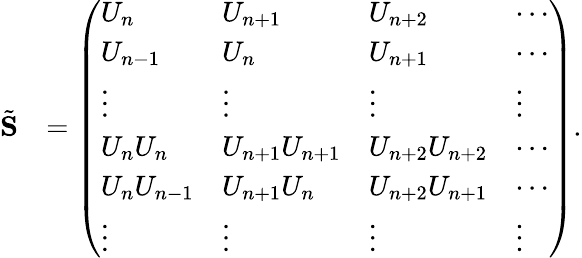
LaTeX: \begin{array}{rl}{\tilde{\mathbf S}}&{=\left(\begin{array}{llll}{U_{n}}&{U_{n+1}}&{U_{n+2}}&{\cdots}\\ {U_{n-1}}&{U_{n}}&{U_{n+1}}&{\cdots}\\ {\vdots}&{\vdots}&{\vdots}&{\vdots}\\ {U_{n}U_{n}}&{U_{n+1}U_{n+1}}&{U_{n+2}U_{n+2}}&{\cdots}\\ {U_{n}U_{n-1}}&{U_{n+1}U_{n}}&{U_{n+2}U_{n+1}}&{\cdots}\\ {\vdots}&{\vdots}&{\vdots}&{\vdots}\end{array}\right).}\end{array}